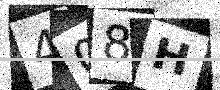
Text: 408H